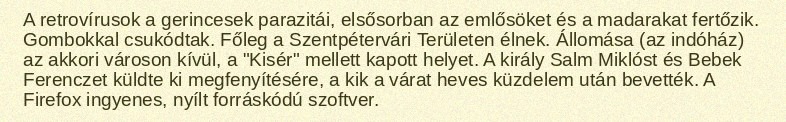
A retrovírusok a gerincesek parazitái, elsősorban az emlősöket és a madarakat fertőzik. Gombokkal csukódtak. Főleg a Szentpétervári Területen élnek. Állomása (az indóház) az akkori városon kívül, a "Kisér" mellett kapott helyet. A király Salm Miklóst és Bebek Ferenczet küldte ki megfenyítésére, a kik a várat heves küzdelem után bevették. A Firefox ingyenes, nyílt forráskódú szoftver.